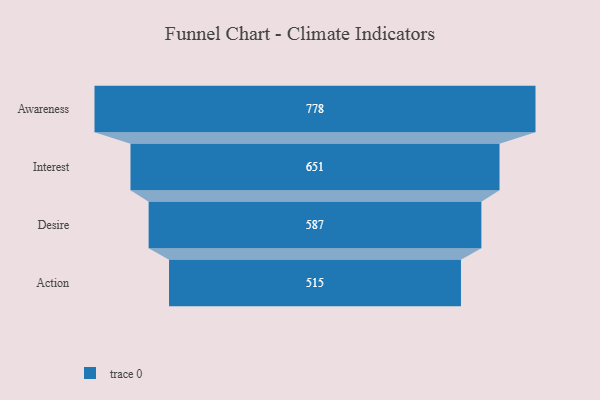
{"axis": {"x": "Stage", "y": "Value"}, "legend": [""], "data": [{"x": "Awareness", "y": 778.0, "type": ""}, {"x": "Interest", "y": 651.0, "type": ""}, {"x": "Desire", "y": 587.0, "type": ""}, {"x": "Action", "y": 515.0, "type": ""}]}